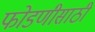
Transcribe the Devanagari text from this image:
फोडणीसाठी